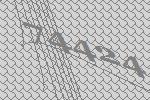
74424